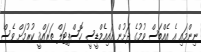
ނިންމައި އެ އެއްބަސް ވުމުގެ ދަށުން އައިއެމްޑީސީ ހޮސްޕިޓަލް ތަރައްޤީ ކުރުމަށް ވެސް